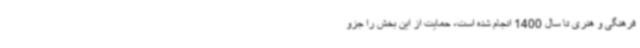
فرهنگی و هنری تا سال 1400 انجام شده است، حمایت از این بخش را جزو